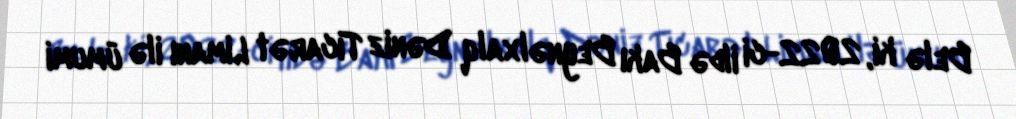
Belə ki, 2022-ci ildə Bakı Beynəlxalq Dəniz Ticarət Limanı ilə ümumi